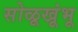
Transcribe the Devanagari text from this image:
सोळूखूंभू